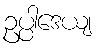
ဥပ္ပါဒေယျ